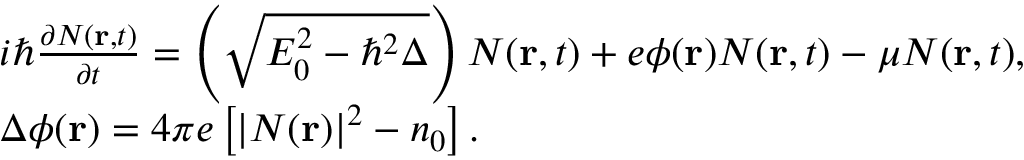
\begin{array} { r l } & { i \hbar \frac { { \partial { \cal N } ( { \bf { r } } , t ) } } { { \partial t } } = \left( { \sqrt { E _ { 0 } ^ { 2 } - { \hbar ^ { 2 } } \Delta } } \right) { \cal N } ( { \bf { r } } , t ) + e \phi ( { \bf { r } } ) { \cal N } ( { \bf { r } } , t ) - \mu { \cal N } ( { \bf { r } } , t ) , } \\ & { \Delta \phi ( { \bf { r } } ) = 4 \pi e \left[ { | { \cal N } ( { \bf { r } } ) { | ^ { 2 } } - { n _ { 0 } } } \right] . } \end{array}